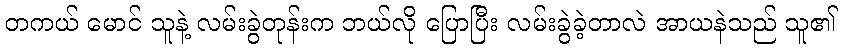
တကယ် မောင် သူနဲ့ လမ်းခွဲတုန်းက ဘယ်လို ပြောပြီး လမ်းခွဲခဲ့တာလဲ အာယနဲသည် သူ၏